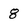
Character: 8